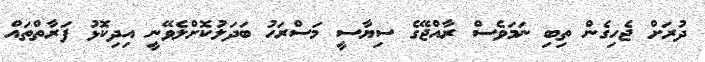
ދުރަށް ޖެހިގެން ތިބި ނަމަވެސް ރާއްޖޭގެ ސިޔާސީ މަސްރަހު ބަދަލުކޮށްލެވޭނީ އިދިކޮޅު ފަރާތްތައް